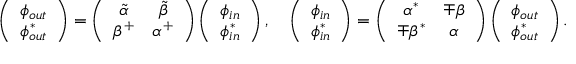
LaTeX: \left( \begin{array} { c } { { \phi _ { o u t } } } \\ { { \phi _ { o u t } ^ { * } } } \end{array} \right) = \left( \begin{array} { c c } { { \tilde { \alpha } } } & { { \tilde { \beta } } } \\ { { \beta ^ { + } } } & { { \alpha ^ { + } } } \end{array} \right) \left( \begin{array} { c } { { \phi _ { i n } } } \\ { { \phi _ { i n } ^ { * } } } \end{array} \right) , \quad \left( \begin{array} { c } { { \phi _ { i n } } } \\ { { \phi _ { i n } ^ { * } } } \end{array} \right) = \left( \begin{array} { c c } { { \alpha ^ { * } } } & { { \mp \beta } } \\ { { \mp \beta ^ { * } } } & { { \alpha } } \end{array} \right) \left( \begin{array} { c } { { \phi _ { o u t } } } \\ { { \phi _ { o u t } ^ { * } } } \end{array} \right) .